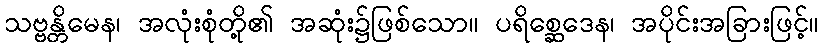
သဗ္ဗန္တိမေန၊ အလုံးစုံတို့၏ အဆုံး၌ဖြစ်သော။ ပရိစ္ဆေဒေန၊ အပိုင်းအခြားဖြင့်။